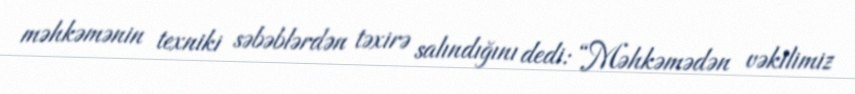
məhkəmənin texniki səbəblərdən təxirə salındığını dedi: “Məhkəmədən vəkilimiz